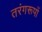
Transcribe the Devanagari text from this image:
तरंगरूपों